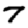
Digit: 7